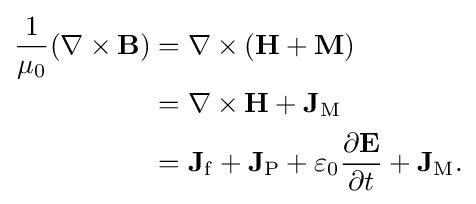
{\begin{aligned}{\frac {1}{\mu _{0}}}(\mathbf {\nabla } \times \mathbf {B} )&=\mathbf {\nabla } \times \left(\mathbf {H} +\mathbf {M} \right)\\&=\mathbf {\nabla } \times \mathbf {H} +\mathbf {J} _{\mathrm {M} }\\&=\mathbf {J} _{\mathrm {f} }+\mathbf {J} _{\mathrm {P} }+\varepsilon _{0}{\frac {\partial \mathbf {E} }{\partial t}}+\mathbf {J} _{\mathrm {M} }.\end{aligned}}